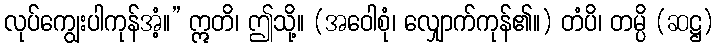
လုပ်ကျွေးပါကုန်အံ့။” ဣတိ၊ ဤသို့။ (အဝေါစုံ၊ လျှောက်ကုန်၏။) တံပိ၊ တမ္ပိ (ဆဋ္ဌ)